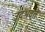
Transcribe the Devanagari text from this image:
उदभवते